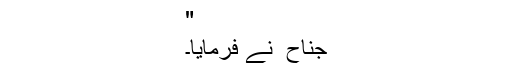
"
جناح ؒ نے فرمایا۔